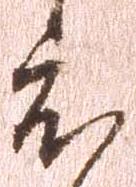
度